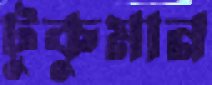
টুকুমান